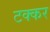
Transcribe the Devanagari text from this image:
टक्कर